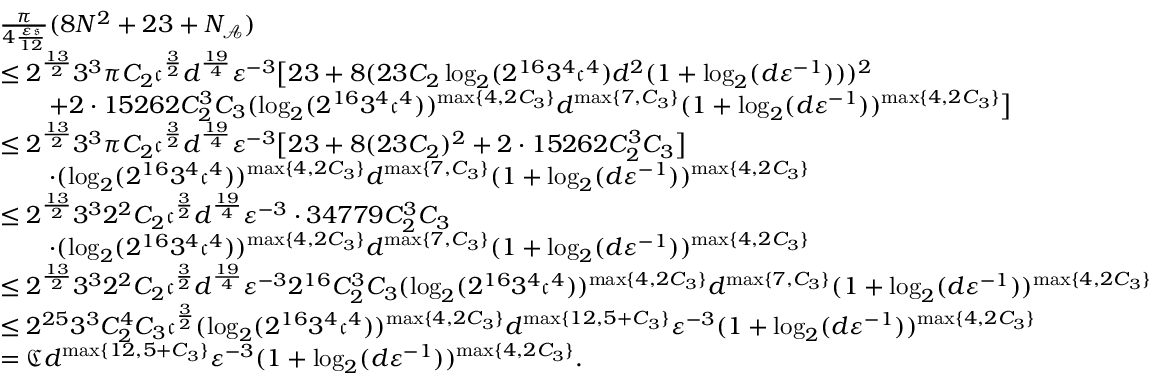
\begin{array} { r l } & { \frac { \pi } { 4 \frac { { \varepsilon } \mathfrak { s } } { 1 2 } } ( 8 N ^ { 2 } + 2 3 + N _ { \mathcal { A } } ) } \\ & { \leq 2 ^ { \frac { 1 3 } { 2 } } 3 ^ { 3 } \pi C _ { 2 } \mathfrak { c } ^ { \frac { 3 } { 2 } } d ^ { \frac { 1 9 } { 4 } } { \varepsilon } ^ { - 3 } \big [ 2 3 + 8 ( 2 3 C _ { 2 } \log _ { 2 } ( 2 ^ { 1 6 } 3 ^ { 4 } \mathfrak { c } ^ { 4 } ) d ^ { 2 } ( 1 + \log _ { 2 } ( d { \varepsilon } ^ { - 1 } ) ) ) ^ { 2 } } \\ & { \qquad + 2 \cdot 1 5 2 6 2 C _ { 2 } ^ { 3 } C _ { 3 } ( \log _ { 2 } ( 2 ^ { 1 6 } 3 ^ { 4 } \mathfrak { c } ^ { 4 } ) ) ^ { \operatorname* { m a x } \{ 4 , 2 C _ { 3 } \} } d ^ { \operatorname* { m a x } \{ 7 , C _ { 3 } \} } ( 1 + \log _ { 2 } ( d { \varepsilon } ^ { - 1 } ) ) ^ { \operatorname* { m a x } \{ 4 , 2 C _ { 3 } \} } \big ] } \\ & { \leq 2 ^ { \frac { 1 3 } { 2 } } 3 ^ { 3 } \pi C _ { 2 } \mathfrak { c } ^ { \frac { 3 } { 2 } } d ^ { \frac { 1 9 } { 4 } } { \varepsilon } ^ { - 3 } \big [ 2 3 + 8 ( 2 3 C _ { 2 } ) ^ { 2 } + 2 \cdot 1 5 2 6 2 C _ { 2 } ^ { 3 } C _ { 3 } \big ] } \\ & { \qquad \cdot ( \log _ { 2 } ( 2 ^ { 1 6 } 3 ^ { 4 } \mathfrak { c } ^ { 4 } ) ) ^ { \operatorname* { m a x } \{ 4 , 2 C _ { 3 } \} } d ^ { \operatorname* { m a x } \{ 7 , C _ { 3 } \} } ( 1 + \log _ { 2 } ( d { \varepsilon } ^ { - 1 } ) ) ^ { \operatorname* { m a x } \{ 4 , 2 C _ { 3 } \} } } \\ & { \leq 2 ^ { \frac { 1 3 } { 2 } } 3 ^ { 3 } 2 ^ { 2 } C _ { 2 } \mathfrak { c } ^ { \frac { 3 } { 2 } } d ^ { \frac { 1 9 } { 4 } } { \varepsilon } ^ { - 3 } \cdot 3 4 7 7 9 C _ { 2 } ^ { 3 } C _ { 3 } } \\ & { \qquad \cdot ( \log _ { 2 } ( 2 ^ { 1 6 } 3 ^ { 4 } \mathfrak { c } ^ { 4 } ) ) ^ { \operatorname* { m a x } \{ 4 , 2 C _ { 3 } \} } d ^ { \operatorname* { m a x } \{ 7 , C _ { 3 } \} } ( 1 + \log _ { 2 } ( d { \varepsilon } ^ { - 1 } ) ) ^ { \operatorname* { m a x } \{ 4 , 2 C _ { 3 } \} } } \\ & { \leq 2 ^ { \frac { 1 3 } { 2 } } 3 ^ { 3 } 2 ^ { 2 } C _ { 2 } \mathfrak { c } ^ { \frac { 3 } { 2 } } d ^ { \frac { 1 9 } { 4 } } { \varepsilon } ^ { - 3 } 2 ^ { 1 6 } C _ { 2 } ^ { 3 } C _ { 3 } ( \log _ { 2 } ( 2 ^ { 1 6 } 3 ^ { 4 } \mathfrak { c } ^ { 4 } ) ) ^ { \operatorname* { m a x } \{ 4 , 2 C _ { 3 } \} } d ^ { \operatorname* { m a x } \{ 7 , C _ { 3 } \} } ( 1 + \log _ { 2 } ( d { \varepsilon } ^ { - 1 } ) ) ^ { \operatorname* { m a x } \{ 4 , 2 C _ { 3 } \} } } \\ & { \leq 2 ^ { 2 5 } 3 ^ { 3 } C _ { 2 } ^ { 4 } C _ { 3 } \mathfrak { c } ^ { \frac { 3 } { 2 } } ( \log _ { 2 } ( 2 ^ { 1 6 } 3 ^ { 4 } \mathfrak { c } ^ { 4 } ) ) ^ { \operatorname* { m a x } \{ 4 , 2 C _ { 3 } \} } d ^ { \operatorname* { m a x } \{ 1 2 , 5 + C _ { 3 } \} } { \varepsilon } ^ { - 3 } ( 1 + \log _ { 2 } ( d { \varepsilon } ^ { - 1 } ) ) ^ { \operatorname* { m a x } \{ 4 , 2 C _ { 3 } \} } } \\ & { = \mathfrak { C } d ^ { \operatorname* { m a x } \{ 1 2 , 5 + C _ { 3 } \} } { \varepsilon } ^ { - 3 } ( 1 + \log _ { 2 } ( d { \varepsilon } ^ { - 1 } ) ) ^ { \operatorname* { m a x } \{ 4 , 2 C _ { 3 } \} } . } \end{array}